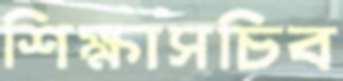
শিক্ষাসচিব